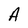
Character: A